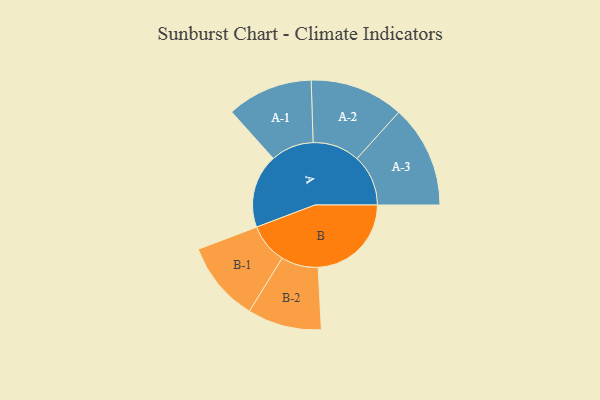
{"axis": {"x": "Segment", "y": "Value"}, "legend": ["", "A", "B"], "data": [{"x": "A", "y": 352, "type": ""}, {"x": "B", "y": 445, "type": ""}, {"x": "A-1", "y": 205, "type": "A"}, {"x": "A-2", "y": 224, "type": "A"}, {"x": "A-3", "y": 245, "type": "A"}, {"x": "B-1", "y": 192, "type": "B"}, {"x": "B-2", "y": 177, "type": "B"}]}